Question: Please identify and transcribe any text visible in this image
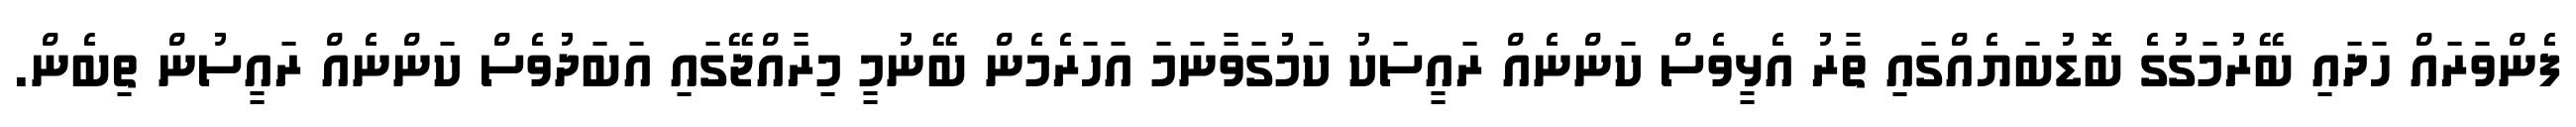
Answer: ފެންވަރައް ހަދައި ބޭރުމަގުގެ ބޮޑުބަޔެއްގައި ތާރު އެޅީވެސް ކަންނެއް ރައީސަކު ކަމުގަވާނަމަ އަހަރެމެން ބޭނުމީ މިރާއްޖޭގައި އަބަދުވެސް ކަންނެއް ރައީސުން ތިބެން.